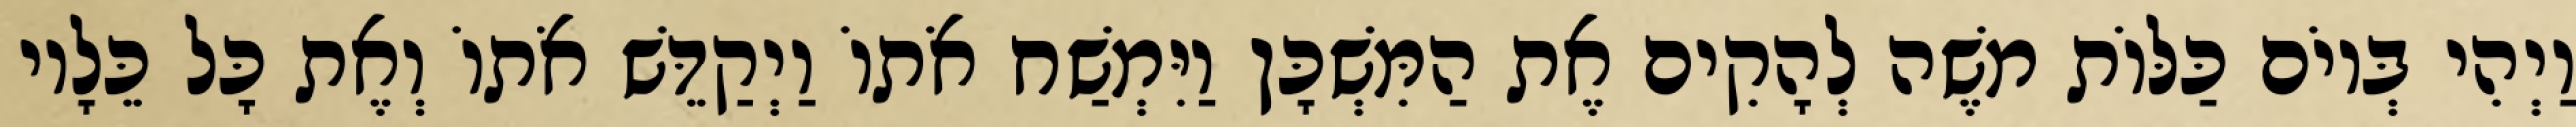
וַיְהִי בְּיוֹם כַּלּוֹת משֶׁה לְהָקִים אֶת הַמִּשְׁכָּן וַיִּמְשַׁח אֹתוֹ וַיְקַדֵּשׁ אֹתוֹ וְאֶת כָּל כֵּלָיו